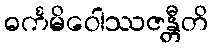
ဓင်္ကမိဝေါဿဇန္တီတိ